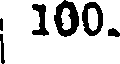
100.